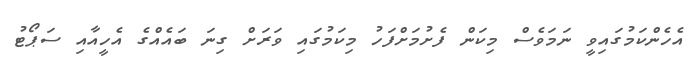
އެހެންކަމުގައިވީ ނަމަވެސް މިކަން ފެށުމަށްފަހު މިކަމުގައި ވަރަށް ގިނަ ބައެއްގެ އެހީއާއި ސަޕޯޓު